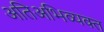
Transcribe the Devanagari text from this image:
अतिअभिव्यक्त